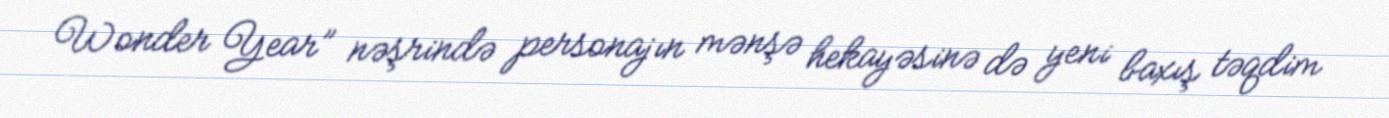
Wonder Year” nəşrində personajın mənşə hekayəsinə də yeni baxış təqdim